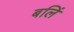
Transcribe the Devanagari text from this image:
बलिं